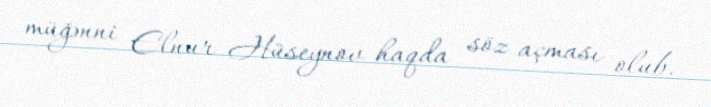
müğənni Elnur Hüseynov haqda söz açması olub.